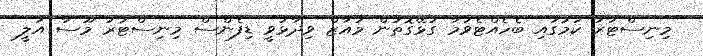
މިނިސްޓަރު ކަމުގައި ބެހެއްޓެވުމާ ގުޅޭގޮތުން މުއާޒް ވިދާޅުވީ ޑިފެންސް މިނިސްޓަރު މޫސާ އަލީ